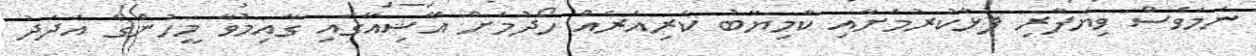
ނަމަވެސް ވިޔަފާރި ފުޅާކުރުމަށާއި ކާމިޔާބު ކެރިއަރެއް ހޯދުމަށް އޭޝިއާގައި ގާއިމުވާ މީހުންގެ އަދަދު